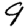
Digit: 9